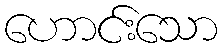
ဟောင်းသော